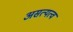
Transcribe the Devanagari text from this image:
असत्यत्व